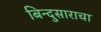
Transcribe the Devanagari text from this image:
बिन्दुसाराचा